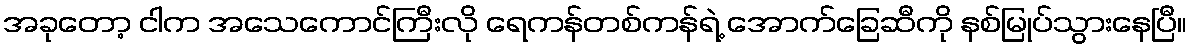
အခုတော့ ငါက အသေကောင်ကြီးလို ရေကန်တစ်ကန်ရဲ့ အောက်ခြေဆီကို နစ်မြုပ်သွားနေပြီ။